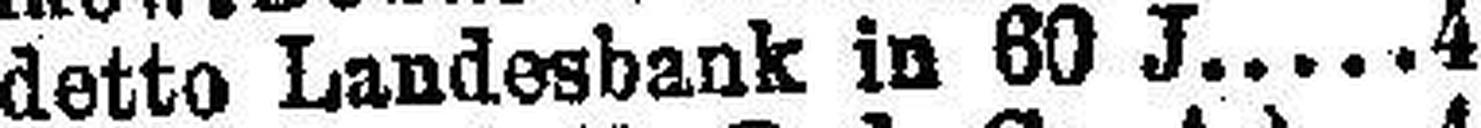
detto Landesbank in 60 J. 4